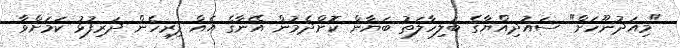
"މިއަދުނޫހަށް" ސައުދިއްޔާގެ ބަލިހާލަތު ބަޔާން ކޮށްދެމުން އޭނާގެ އެއް ފިރިހެން ދަރިފުޅު ކަމަށްވާ